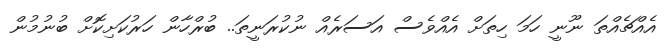
އެއްޗެއްތަ ނޫނީ ހަމަ ހިތަށް އެއްވެސް އަސަރެއް ނުކުރަނީތަ.. ބުރްހާން ހަރުކަށިކޮށް ބުނުމުން